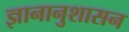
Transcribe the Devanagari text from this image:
ज्ञानानुशासन